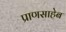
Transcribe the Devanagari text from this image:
प्राणसाहेब